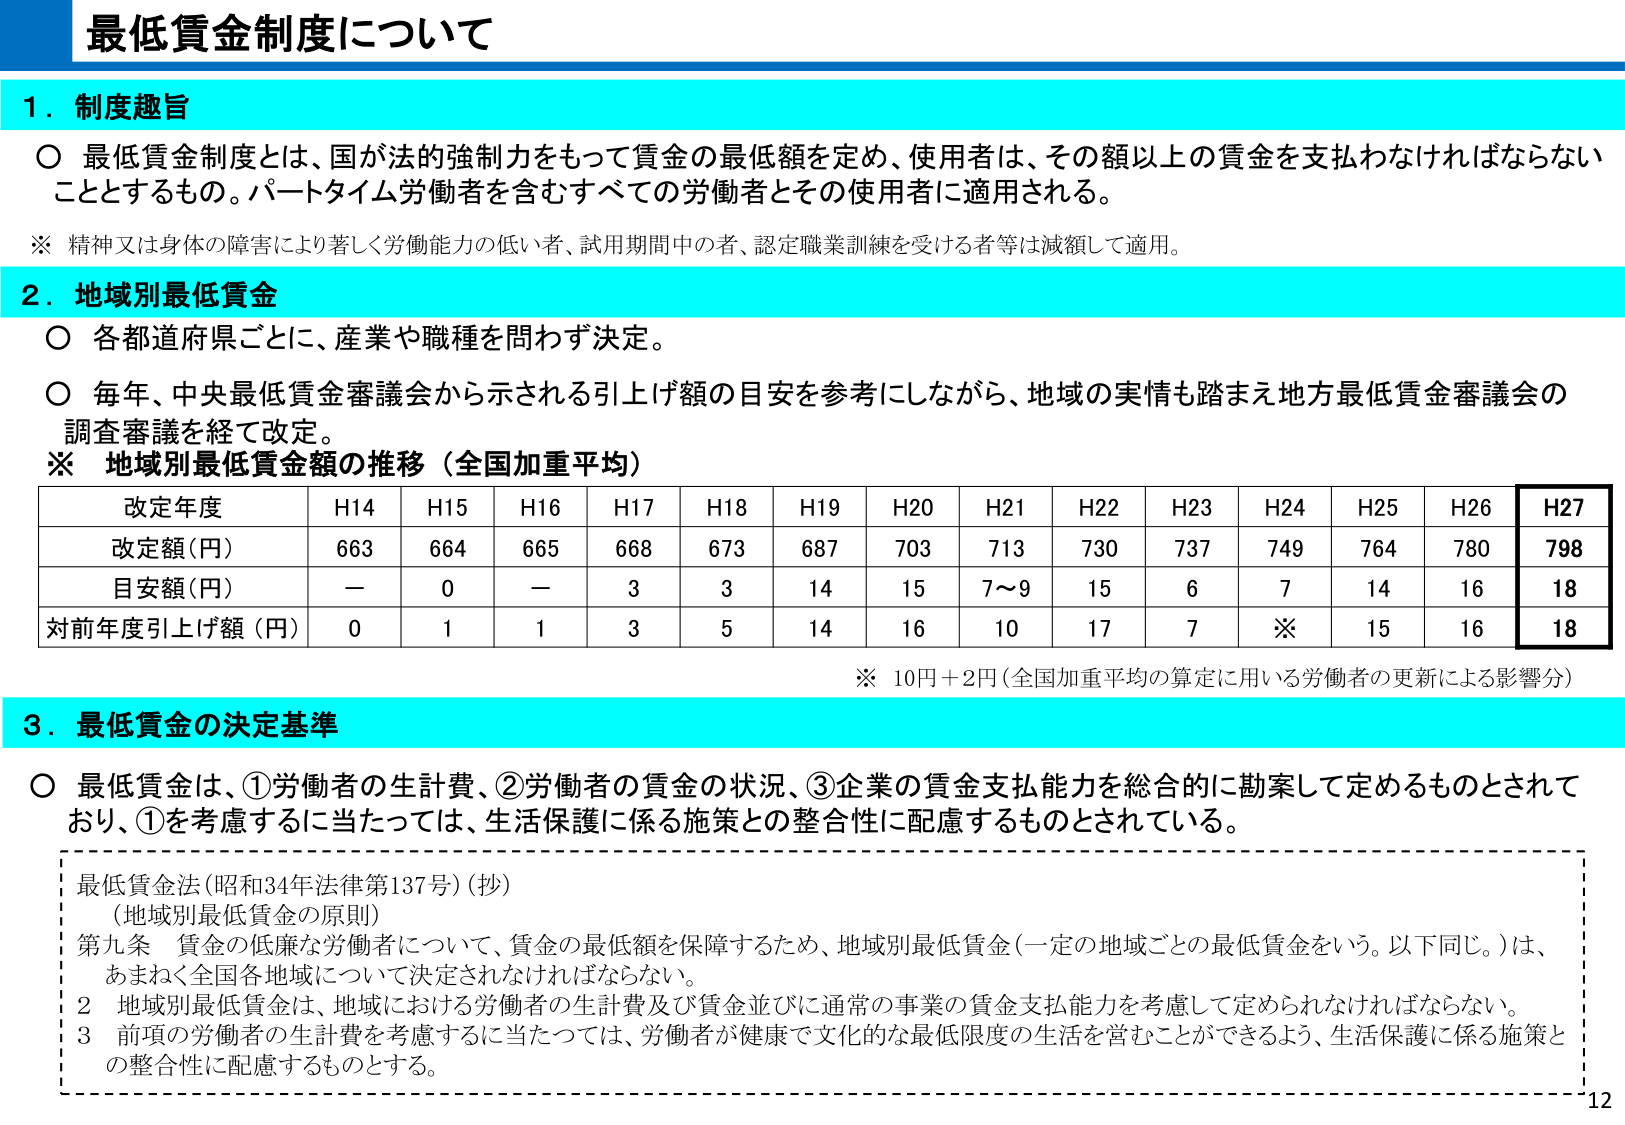
最低賃金制度について

1．制度趣旨
○ 最低賃金制度とは、国が法的強制力をもって賃金の最低額を定め、使用者は、その額以上の賃金を支払わなければならないこととするもの。パートタイム労働者を含むすべての労働者とその使用者に適用される。
※ 精神又は身体の障害により著しく労働能力の低い者、試用期間中の者、認定職業訓練を受ける者等は減額して適用。

2．地域別最低賃金
○ 各都道府県ごとに、産業や職種を問わず決定。
○ 毎年、中央最低賃金審議会から示される引上げ額の目安を参考にしながら、地域の実情も踏まえ地方最低賃金審議会の調査審議を経て改定。
※ 地域別最低賃金額の推移（全国加重平均）

改定年度　　H14　H15　H16　H17　H18　H19　H20　H21　H22　H23　H24　H25　H26　H27
改定額(円)　663　664　665　668　673　687　703　713　730　737　749　764　780　798
目安額(円)　－　　0　　－　　3　　3　　14　15　7～9　15　　6　　7　　14　16　18
対前年度引上げ額(円)　0　　1　　1　　3　　5　　14　16　10　17　　7　　※　15　16　18

※ 10円＋2円（全国加重平均の算定に用いる労働者の更新による影響分）

3．最低賃金の決定基準
○ 最低賃金は、①労働者の生計費、②労働者の賃金の状況、③企業の賃金支払能力を総合的に勘案して定めるものとされており、①を考慮するに当たっては、生活保護に係る施策との整合性に配慮するものとされている。

最低賃金法（昭和34年法律第137号）（抄）
（地域別最低賃金の原則）
第九条 賃金の低廉な労働者について、賃金の最低額を保障するため、地域別最低賃金（一定の地域ごとの最低賃金をいう。以下同じ。）は、あまねく全国各地域について決定されなければならない。
２ 地域別最低賃金は、地域における労働者の生計費及び賃金並びに通常の事業の賃金支払能力を考慮して定められなければならない。
３ 前項の労働者の生計費を考慮するに当たっては、労働者が健康で文化的な最低限度の生活を営むことができるよう、生活保護に係る施策との整合性に配慮するものとする。

12